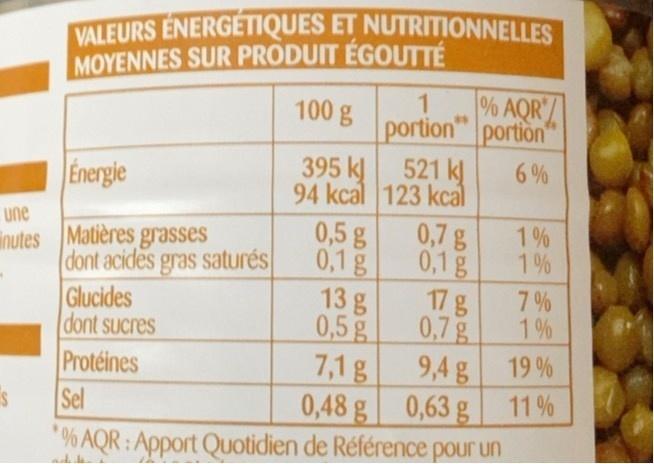
VALEURS ENERGETIQUES ET NUTRITIONNELLES MOYENNES SUR PRODUIT ÉGOUTTÉ
% AQR portion" portion 521 k 94 kcal 123 kcal
1
100 g
395 k
6%
Energie
0,7g
une inutes Matières grasses dont acides gras saturés Glucides dont sucres
1% 0,1g
0,5 g 0,1g 13 g 0,5g 7,1g
1%
178
7 %
0,7g
1%
9,4 g 19 %
Protéines Sel
11 %
0,48 g 0,63 g
*0% AQR: Apport Quotidien de Référence pour un